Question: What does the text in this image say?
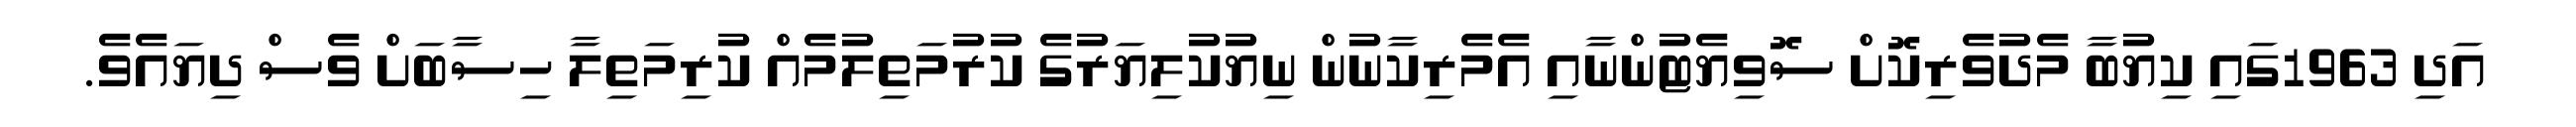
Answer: އަދި 1963ގައި ކިޔުބާ މެދުވެރިކޮށް ސޮވިޔެޓުންނާއި އެމެރިކާނުން ނިޔުކުލިޔަރުގެ ކުރުމަތިލުމެއް ކުރިމަތިލާ ހިސާބަށް ވެސް ދިޔައެވެ.